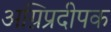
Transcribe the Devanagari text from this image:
अग्निप्रदीपक